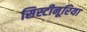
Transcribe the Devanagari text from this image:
सिस्टीनूरिया